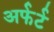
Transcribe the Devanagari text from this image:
अर्फर्ट